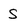
Character: S